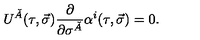
U ^ { \check { A } } ( \tau , \vec { \sigma } ) \frac { \partial } { \partial \sigma ^ { \check { A } } } \alpha ^ { i } ( \tau , \vec { \sigma } ) = 0 .